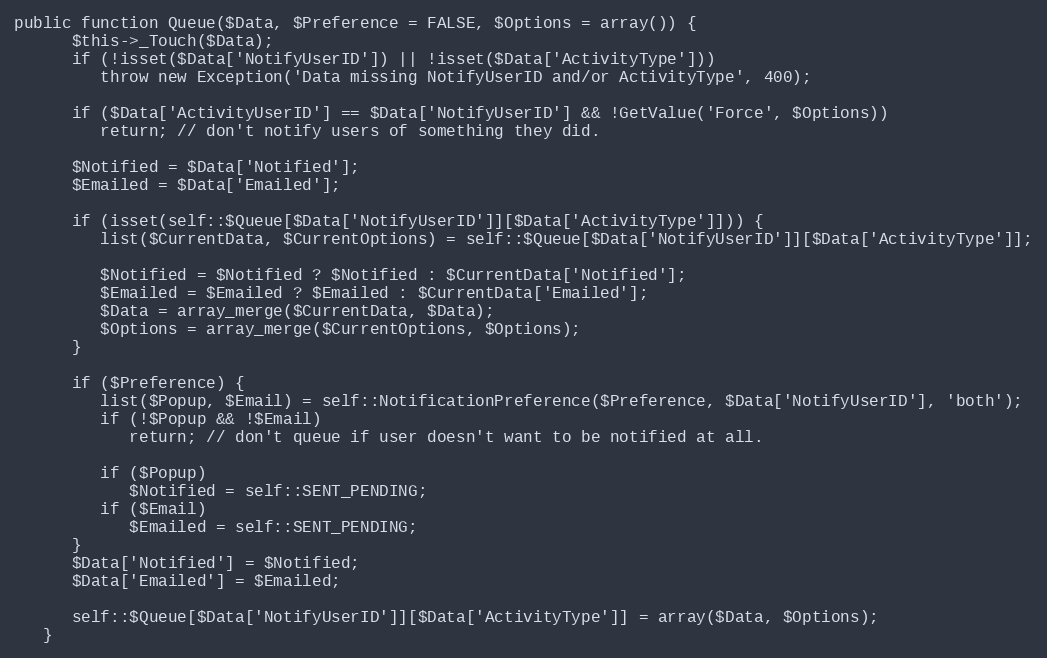
Language: PHP
public function Queue($Data, $Preference = FALSE, $Options = array()) {
      $this->_Touch($Data);
      if (!isset($Data['NotifyUserID']) || !isset($Data['ActivityType']))
         throw new Exception('Data missing NotifyUserID and/or ActivityType', 400);

      if ($Data['ActivityUserID'] == $Data['NotifyUserID'] && !GetValue('Force', $Options))
         return; // don't notify users of something they did.

      $Notified = $Data['Notified'];
      $Emailed = $Data['Emailed'];

      if (isset(self::$Queue[$Data['NotifyUserID']][$Data['ActivityType']])) {
         list($CurrentData, $CurrentOptions) = self::$Queue[$Data['NotifyUserID']][$Data['ActivityType']];

         $Notified = $Notified ? $Notified : $CurrentData['Notified'];
         $Emailed = $Emailed ? $Emailed : $CurrentData['Emailed'];
         $Data = array_merge($CurrentData, $Data);
         $Options = array_merge($CurrentOptions, $Options);
      }

      if ($Preference) {
         list($Popup, $Email) = self::NotificationPreference($Preference, $Data['NotifyUserID'], 'both');
         if (!$Popup && !$Email)
            return; // don't queue if user doesn't want to be notified at all.

         if ($Popup)
            $Notified = self::SENT_PENDING;
         if ($Email)
            $Emailed = self::SENT_PENDING;
      }
      $Data['Notified'] = $Notified;
      $Data['Emailed'] = $Emailed;

      self::$Queue[$Data['NotifyUserID']][$Data['ActivityType']] = array($Data, $Options);
   }